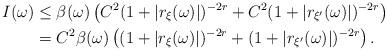
LaTeX: \begin{align*}I(\omega) & \leq \beta(\omega) \left( C^{2}(1 + | r_{\xi}(\omega) |)^{-2r} + C^{2}(1 + | r_{\xi^{\prime}}(\omega) |)^{-2r}\right) \\& = C^{2} \beta(\omega) \left( (1 + | r_{\xi}(\omega) |)^{-2r} + (1 + | r_{\xi^{\prime}}(\omega) |)^{-2r} \right).\end{align*}